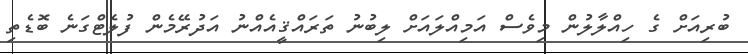
ބުރިއަށް ގެ ހިއްލާލުން މިވެސް އަމިއްލައަށް ލިބުނު ތަރައްޤީއެއްނު އަދުރޭމެން ފުލެޓްގަނެ ބޮޑެތި